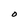
Character: O